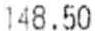
148.50